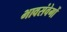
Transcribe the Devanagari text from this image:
भावसंवेगों